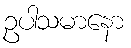
ဥပါသမာနော